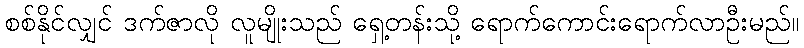
စစ်နိုင်လျှင် ဒက်ဇာလို လူမျိုးသည် ရှေ့တန်းသို့ ရောက်ကောင်းရောက်လာဦးမည်။